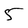
Character: 5